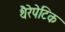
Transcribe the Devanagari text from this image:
थैरेपेटिक